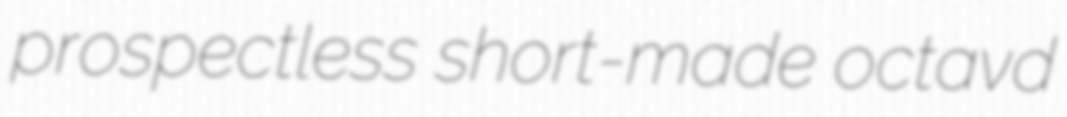
prospectless short-made octavd